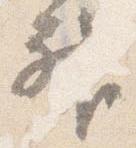
神